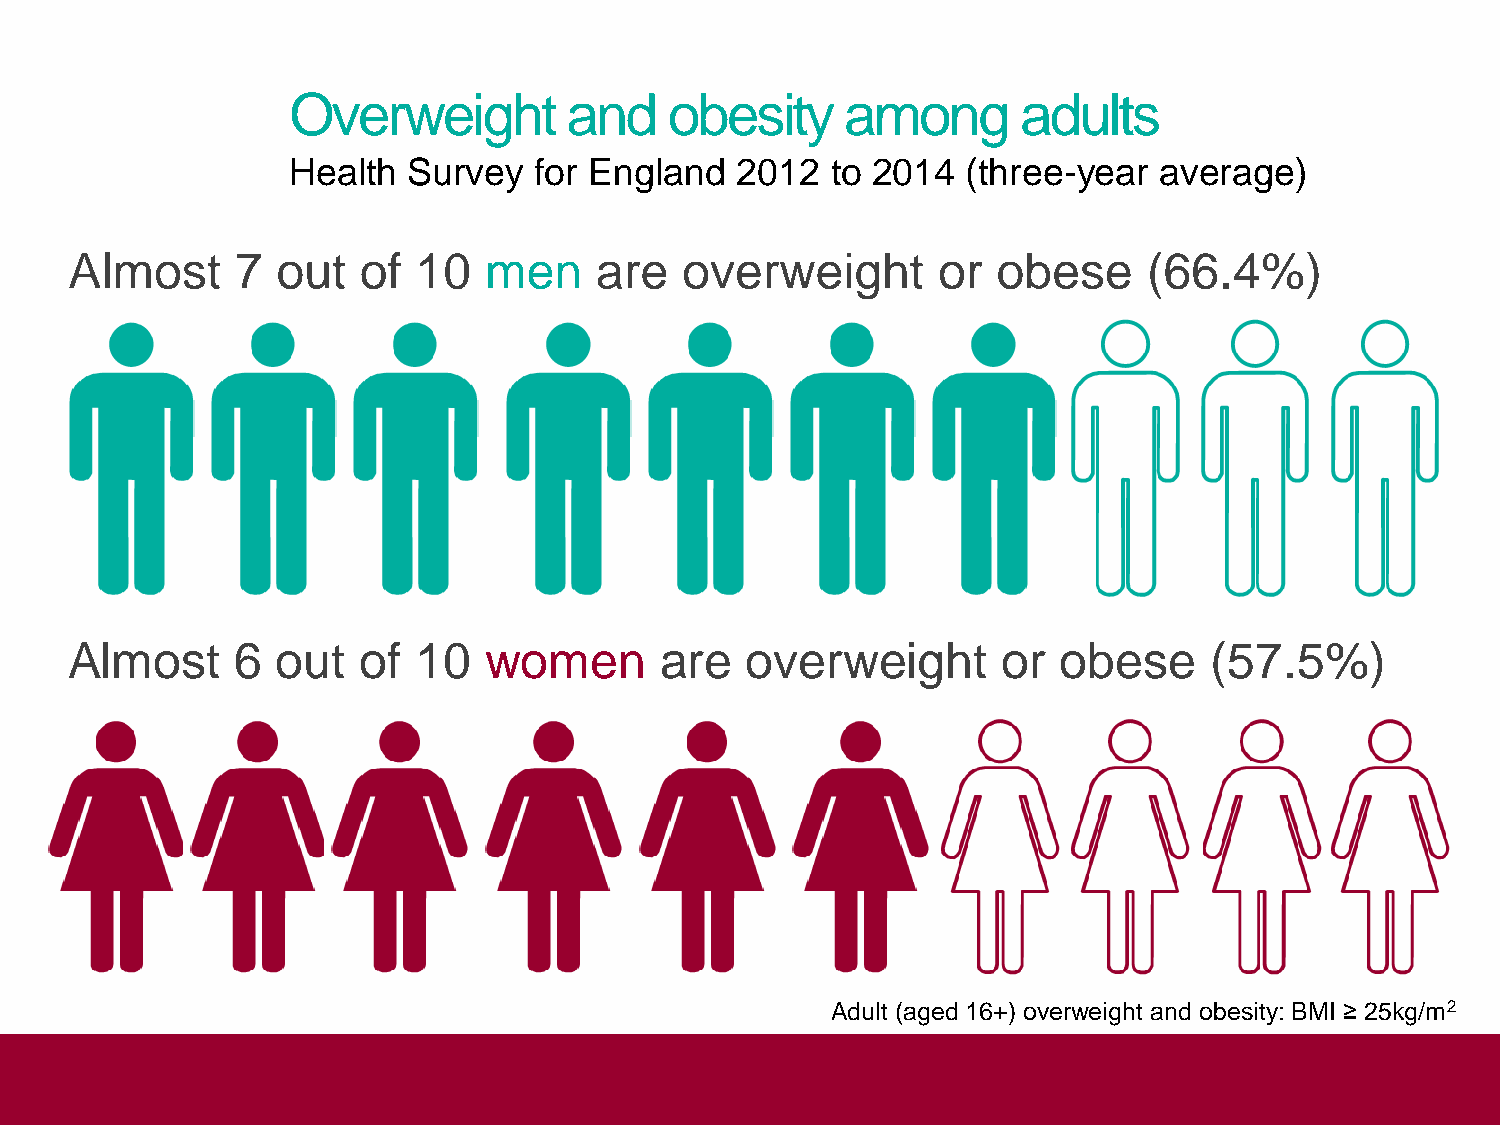
Overweight         and   obesity     among       adults
 Health  Survey  for England   2012  to 2014  (three-year  average)
 Almost     7 out   of  10  men    are   overweight       or  obese     (66.4%)
 Almost     6 out   of 10   women       are  overweight       or  obese     (57.5%)
 Adult (aged 16+) overweight and obesity: BMI ≥ 25kg/m2